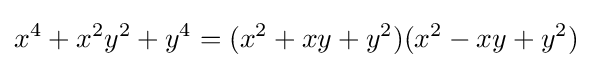
x^{4}+x^{2}y^{2}+y^{4}=(x^{2}+xy+y^{2})(x^{2}-xy+y^{2})